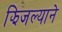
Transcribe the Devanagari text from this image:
झिजल्याने